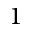
1